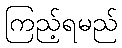
ကြည့်ရမည်